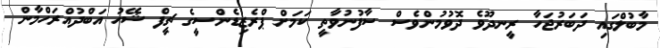
މާބުލްގައި ދަބަރުޖަހާ ރީނދޫވެ ދޮވުމުންވެސް ސާފުނުވާތީ ކަމަށް ޕްރެޒިޑެންސީގެ ޗީފް ޝޭހު އަބްދުއްރަހްމާން